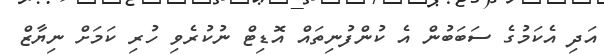
އަދި އެކަމުގެ ސަބަބުން އެ ކުންފުނިތައް އޮޑިޓް ނުކުރެވި ހުރި ކަމަށް ނިޔާޒް